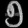
Digit: ၅